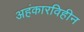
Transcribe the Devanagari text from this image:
अहंकारविहीन